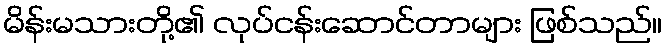
မိန်းမသားတို့၏ လုပ်ငန်းဆောင်တာများ ဖြစ်သည်။